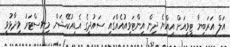
އަލް އަރަބިޔާ ޓީވީއަށް އިއްޔެ ދިން އިންޓަވިއުއެއްގައި ސައުދީގެ އެޑިއުކޭޝަން މިނިސްޓަރު ވިދާޅުވީ